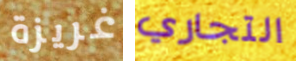
غريزة التجاري